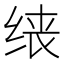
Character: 𫄪